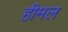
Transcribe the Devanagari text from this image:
हीमल